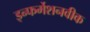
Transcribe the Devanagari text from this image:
इन्फर्मेशनवीक